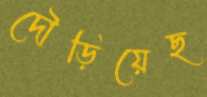
দৌড়িয়েছ